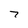
Character: 7